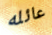
عائله